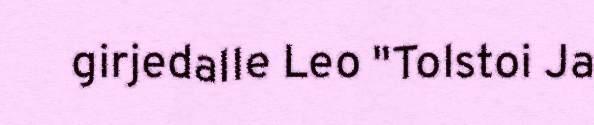
girjedalle Leo "Tolstoi Ja